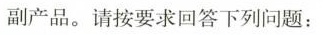
副产品。请按要求回答下列问题：